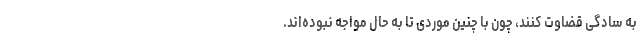
به سادگی قضاوت کنند، چون با چنین موردی تا به حال مواجه نبوده‌اند.